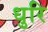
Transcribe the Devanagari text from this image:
धुरि